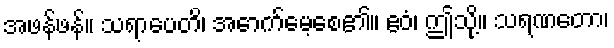
အဖန်ဖန်။ သရာပေတိ၊ အောက်မေ့စေ၏။ ဧဝံ၊ ဤသို့။ သရဏတော၊